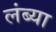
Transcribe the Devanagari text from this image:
लंब्या